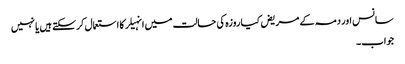
سانس اور دمہ کے مریض کیا روزہ کی حالت میں انہیلر کا استعمال کرسکتے ہیں یا نہیں
جواب۔